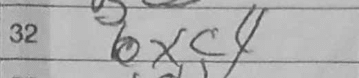
Transcription: bxc4